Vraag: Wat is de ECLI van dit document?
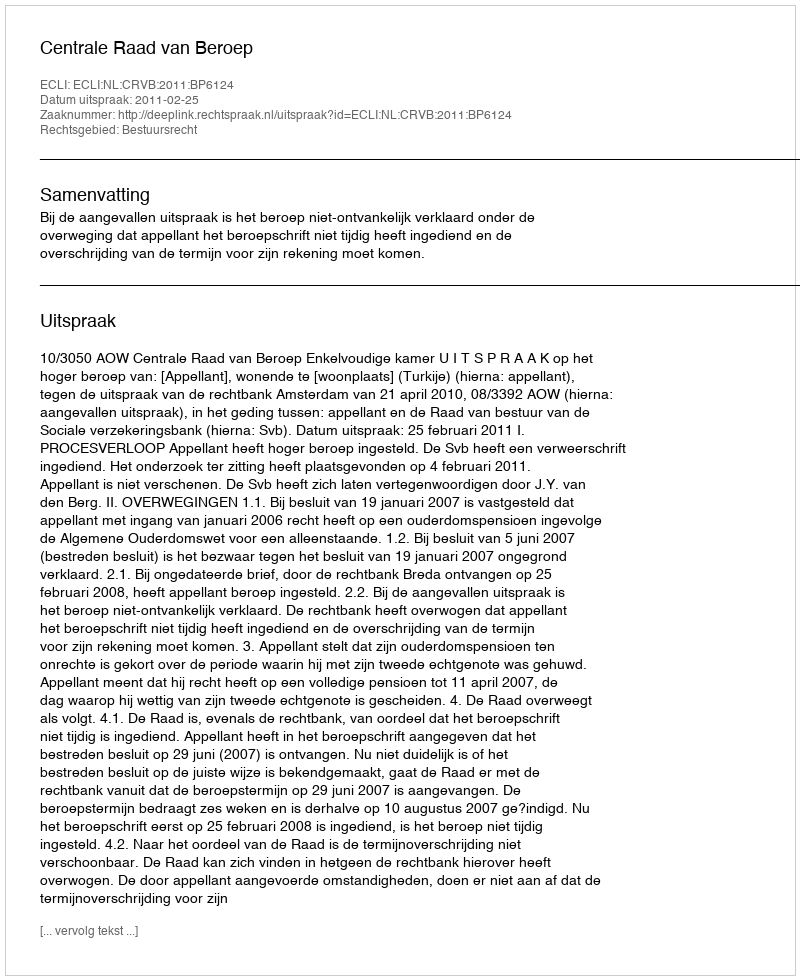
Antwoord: ECLI:NL:CRVB:2011:BP6124